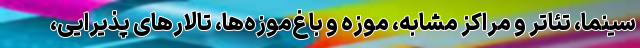
سینما، تئاتر و مراکز مشابه، موزه و باغ‌موزه‌ها، تالارهای پذیرایی،